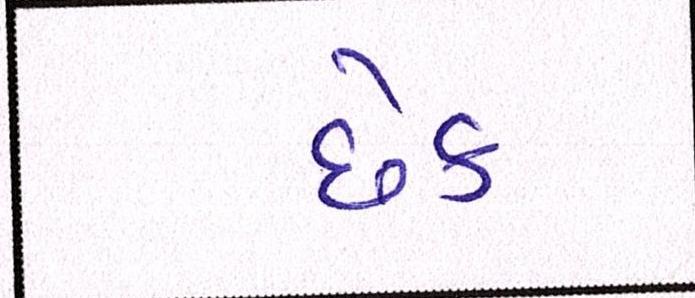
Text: છેક